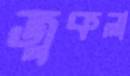
জুকলা